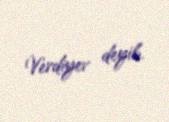
Verdiyev deyib.